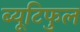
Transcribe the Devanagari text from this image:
ब्यूटिफुल